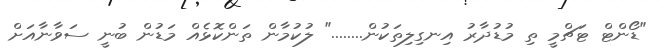
"ޑޯންޓް ޓަޗްމީ ތި މުޑުދާރު އިނގިލިތަކުން........" ލުކުމާން ތަންކޮޅެއް މަޑުން ބުނީ ސަވާނާއަށް